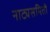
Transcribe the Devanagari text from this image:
नाट्यसमिती